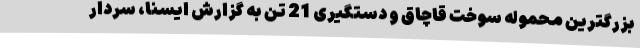
بزرگترین محموله سوخت قاچاق و دستگیری 21 تن به گزارش ایسنا، سردار